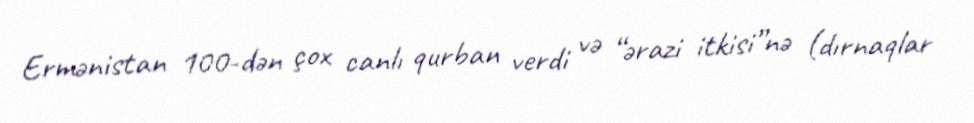
Ermənistan 100-dən çox canlı qurban verdi və “ərazi itkisi”nə (dırnaqlar